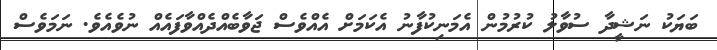
ބަޔަކު ނަޝީދާ ސުވާލު ކުރުމުން އެމަނިކުފާނު އެކަމަށް އެއްވެސް ޖަވާބެއްދެއްވާފައެއް ނުވެއެވެ. ނަމަވެސް